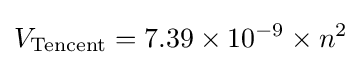
V_{\text{Tencent}}=7.39\times 10^{-9}\times n^{2}